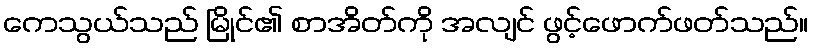
ကေသွယ်သည် မြိုင်၏ စာအိတ်ကို အလျင် ဖွင့်ဖောက်ဖတ်သည်။